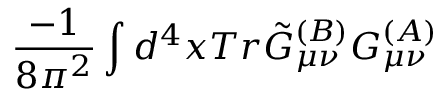
\frac { - 1 } { 8 \pi ^ { 2 } } \int d ^ { 4 } x T r \tilde { G } _ { \mu \nu } ^ { ( B ) } G _ { \mu \nu } ^ { ( A ) }